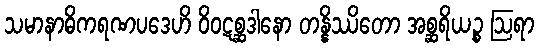
သမာနာဓိကရဏပဒေဟိ ဝိဝဋစ္ဆဒါနော တန္နိဿိတော အစ္ဆရိယဉ္စ ဩရာ